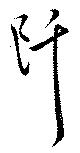
阡